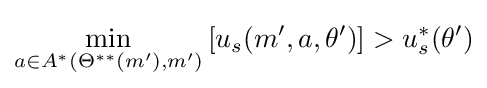
\min _{a\in A^{*}(\Theta ^{**}(m'),m')}\left[u_{s}(m',a,\theta ')\right]>u_{s}^{*}(\theta ')